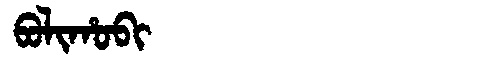
Manchu: ᠪᠣᠯᡳᡥᠣᠪᡳ
Romanization: BOLIHOBI